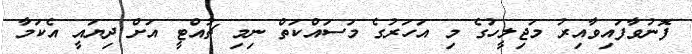
ފޮނުވާފައިވާއިރު މަޖިލީހުގެ މި އަހަރުގެ މަސައްކަތް ނިމި ޗުއްޓީ އަށް ދިޔައީ އެކަމާ